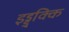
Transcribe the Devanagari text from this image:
इड्डुक्कि